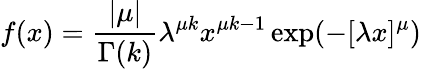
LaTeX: f(x)=\frac{\vert\mu\vert}{\Gamma(k)}\lambda^{\mu k}x^{\mu k-1}\exp(-[\lambda x]^{\mu})